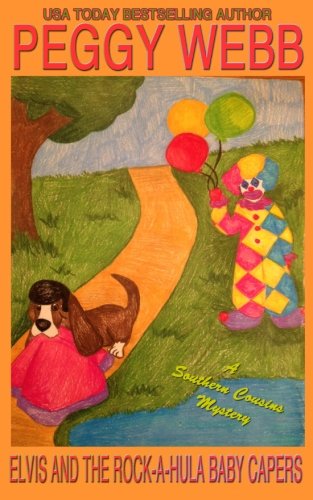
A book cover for Elvis and the Rock-A-Hula Baby Capers: (A Southern Cousins Mystery, plus bonus soup recipes); Peggy Webb; Mystery, Thriller & Suspense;